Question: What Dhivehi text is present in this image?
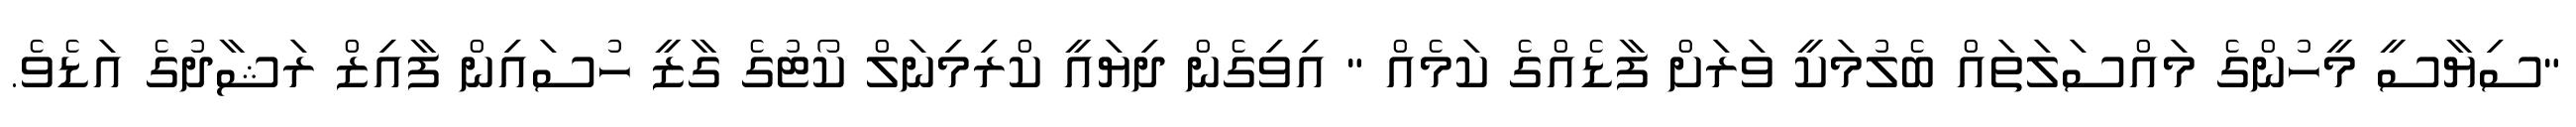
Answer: "ސިޔާސީ މީހުންގެ މައްސަލަތައް ބެލުމަކީ ވަރަށް ފާޑެއްގެ ކަމެއް " އިވިގެން ދިޔައީ ކްރިމިނަލް ކޯޓުގެ ގާޒީ ހުސައިން ފާއިޒް ރަޝާދުގެ އަޑެވެ.